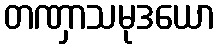
တဏှာသမုဒယော